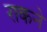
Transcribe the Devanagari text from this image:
राकने